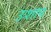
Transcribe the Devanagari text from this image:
उःशाप